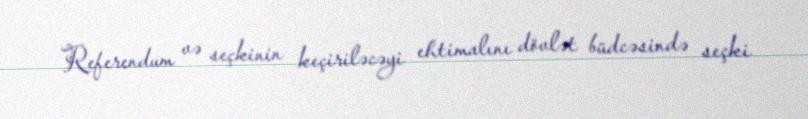
Referendum və seçkinin keçiriləcəyi ehtimalını dövlət büdcəsində seçki